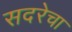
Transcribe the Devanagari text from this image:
सदरेचा